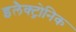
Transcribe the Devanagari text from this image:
इलैक्ट्रोनिक